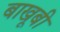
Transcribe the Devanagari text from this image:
बाखूबी